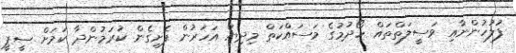
ފުލުހުންނާއި ވަސީލަތްތައް ހޯދުމުގެ މަސައްކަތް މިދިޔަ އަހަރުން ފެށިގެން ކުރަމުންދާ ކަމަށް ސީޕީ